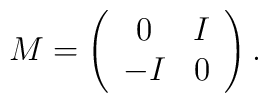
M=\left(\begin{array}{cc} 0 & I \cr -I & 0\end{array}\right).